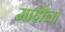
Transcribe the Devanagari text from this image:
माहौल।